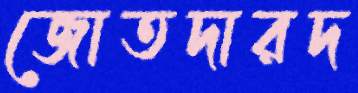
জোতদারদ